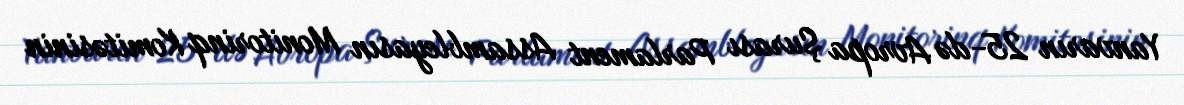
Yanvarın 25-də Avropa Şurası Parlament Assambleyasın Monitorinq Komitəsinin